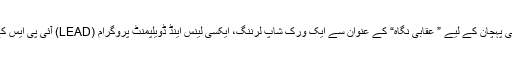
انسانی نفسیات کی بنیاد پر شخصیت کی پہچان کے لیے ” عقابی نگاہ“ کے عنوان سے ایک ورک شاپ لرننگ، ایکسی لینس اینڈ ڈویلپمنٹ پروگرام (LEAD) آئی پی ایس کے زیر اہتمام ۵ مئی ۲۰۱۵ء کو ہوئی۔